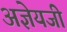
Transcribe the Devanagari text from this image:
अज्ञेयजी